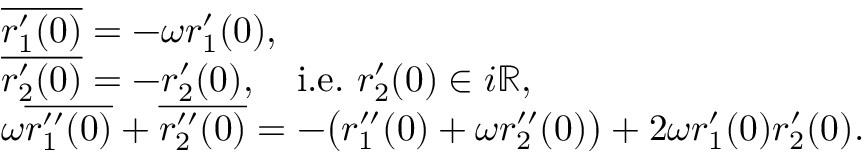
\begin{array} { r l } & { \overline { { r _ { 1 } ^ { \prime } ( 0 ) } } = - \omega r _ { 1 } ^ { \prime } ( 0 ) , } \\ & { \overline { { r _ { 2 } ^ { \prime } ( 0 ) } } = - r _ { 2 } ^ { \prime } ( 0 ) , \quad \mathrm { i . e . ~ } r _ { 2 } ^ { \prime } ( 0 ) \in i { \mathbb R } , } \\ & { \omega \overline { { r _ { 1 } ^ { \prime \prime } ( 0 ) } } + \overline { { r _ { 2 } ^ { \prime \prime } ( 0 ) } } = - \big ( r _ { 1 } ^ { \prime \prime } ( 0 ) + \omega r _ { 2 } ^ { \prime \prime } ( 0 ) \big ) + 2 \omega r _ { 1 } ^ { \prime } ( 0 ) r _ { 2 } ^ { \prime } ( 0 ) . } \end{array}